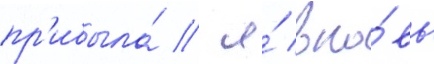
пр'ибыла́ / я́ вно́вь